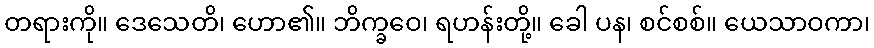
တရားကို။ ဒေသေတိ၊ ဟော၏။ ဘိက္ခဝေ၊ ရဟန်းတို့။ ခေါ ပန၊ စင်စစ်။ ယေသာဝကာ၊